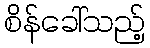
စိန်ခေါ်သည့်